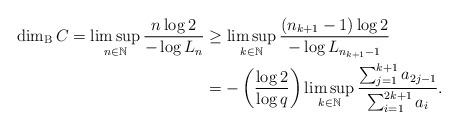
LaTeX: \begin{align*} \dim_{\rm B}C =\limsup_{n\in\mathbb{N}} \frac{n\log 2}{-\log L_{n}} &\geq \limsup_{k\in\mathbb{N}}\frac{\left(n_{k+1}-1\right)\log 2}{-\log L_{n_{k+1}-1}}\\ &= -\left(\frac{\log 2}{\log q}\right) \limsup_{k\in\mathbb{N}} \frac{\sum_{j=1}^{k+1}a_{2j-1}}{\sum_{i=1}^{2k+1}a_{i}}. \end{align*}